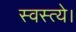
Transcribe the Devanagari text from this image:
स्वस्त्ये।